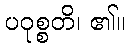
ပဝုစ္စတိ၊ ၏။